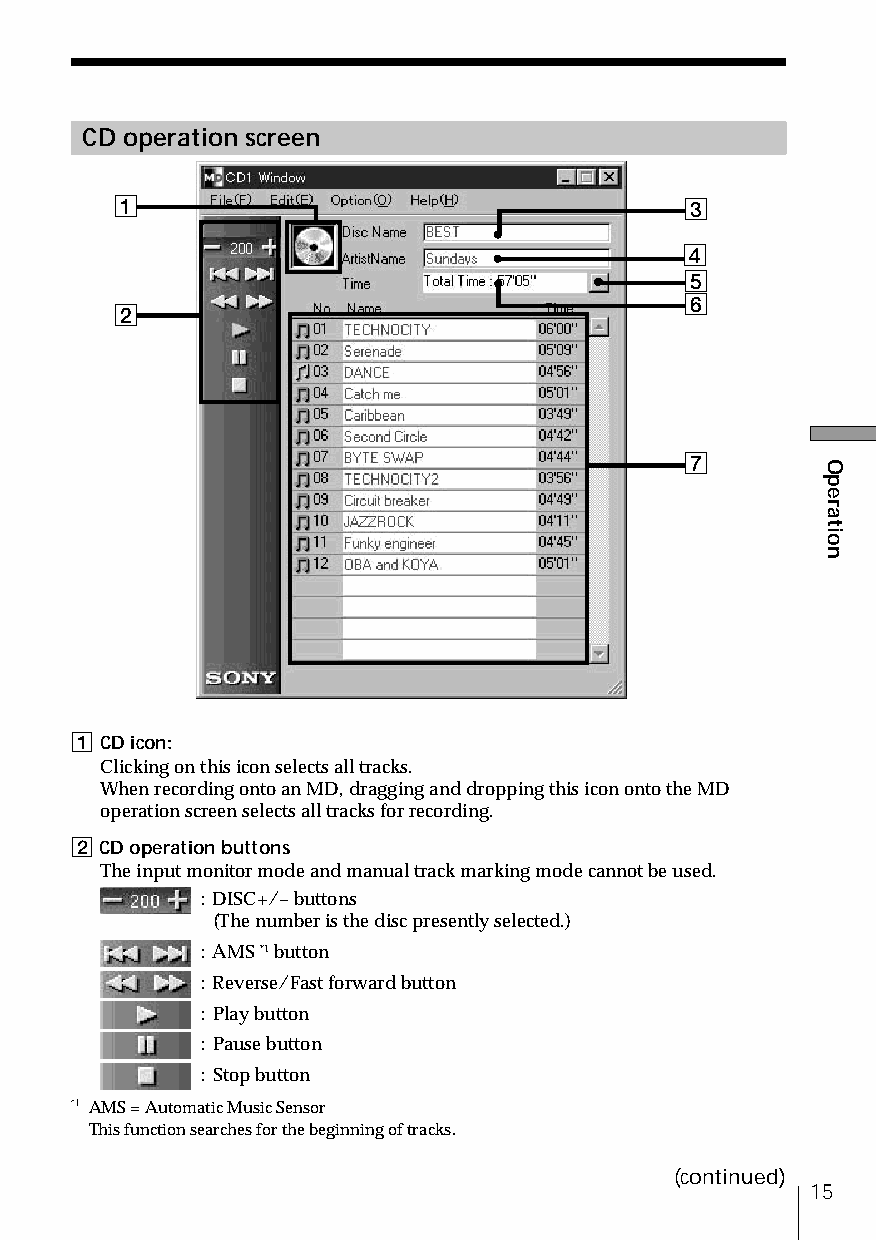
CD operation screen
 1                                     3
 4
 5
 6
 2
 7
 1 CD icon:
 Clicking on this icon selects all tracks.
 When recording onto an MD, dragging and dropping this icon onto the MD
 operation screen selects all tracks for recording.
 2 CD operation buttons
 The input monitor mode and manual track marking mode cannot be used.
 : DISC+/– buttons
 (The number is the disc presently selected.)
 : AMS *1 button
 : Reverse/Fast forward button
 : Play button
 : Pause button
 : Stop button
 *1 AMS = Automatic Music Sensor
 This function searches for the beginning of tracks.
 (continued)
 15
 Operation